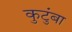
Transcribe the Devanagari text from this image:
कुटुंबा